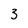
Character: 3